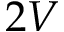
2 V